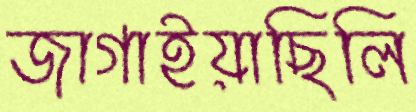
জাগাইয়াছিলি